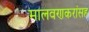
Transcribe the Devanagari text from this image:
मालवणकरांसह